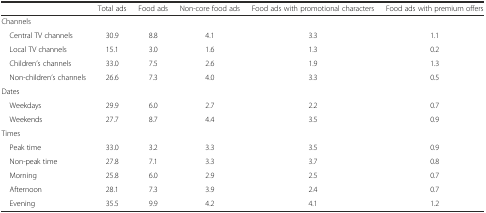
<table><thead><tr><td></td><td><b>Total ads</b></td><td><b>Food ads</b></td><td><b>Non-core food ads</b></td><td><b>Food ads with promotional characters</b></td><td><b>Food ads with premium offers</b></td></tr></thead><tbody><tr><td colspan="6">Channels</td></tr><tr><td> Central TV channels</td><td>30.9</td><td>8.8</td><td>4.1</td><td>3.3</td><td>1.1</td></tr><tr><td> Local TV channels</td><td>15.1</td><td>3.0</td><td>1.6</td><td>1.3</td><td>0.2</td></tr><tr><td> Children’s channels</td><td>33.0</td><td>7.5</td><td>2.6</td><td>1.9</td><td>1.3</td></tr><tr><td> Non-children’s channels</td><td>26.6</td><td>7.3</td><td>4.0</td><td>3.3</td><td>0.5</td></tr><tr><td colspan="6">Dates</td></tr><tr><td> Weekdays</td><td>29.9</td><td>6.0</td><td>2.7</td><td>2.2</td><td>0.7</td></tr><tr><td> Weekends</td><td>27.7</td><td>8.7</td><td>4.4</td><td>3.5</td><td>0.9</td></tr><tr><td colspan="6">Times</td></tr><tr><td> Peak time</td><td>33.0</td><td>3.2</td><td>3.3</td><td>3.5</td><td>0.9</td></tr><tr><td> Non-peak time</td><td>27.8</td><td>7.1</td><td>3.3</td><td>3.7</td><td>0.8</td></tr><tr><td> Morning</td><td>25.8</td><td>6.0</td><td>2.9</td><td>2.5</td><td>0.7</td></tr><tr><td> Afternoon</td><td>28.1</td><td>7.3</td><td>3.9</td><td>2.4</td><td>0.7</td></tr><tr><td> Evening</td><td>35.5</td><td>9.9</td><td>4.2</td><td>4.1</td><td>1.2</td></tr></tbody></table>